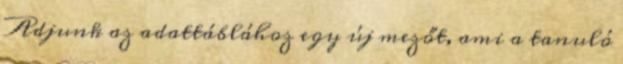
Adjunk az adattáblához egy új mezőt, ami a tanuló